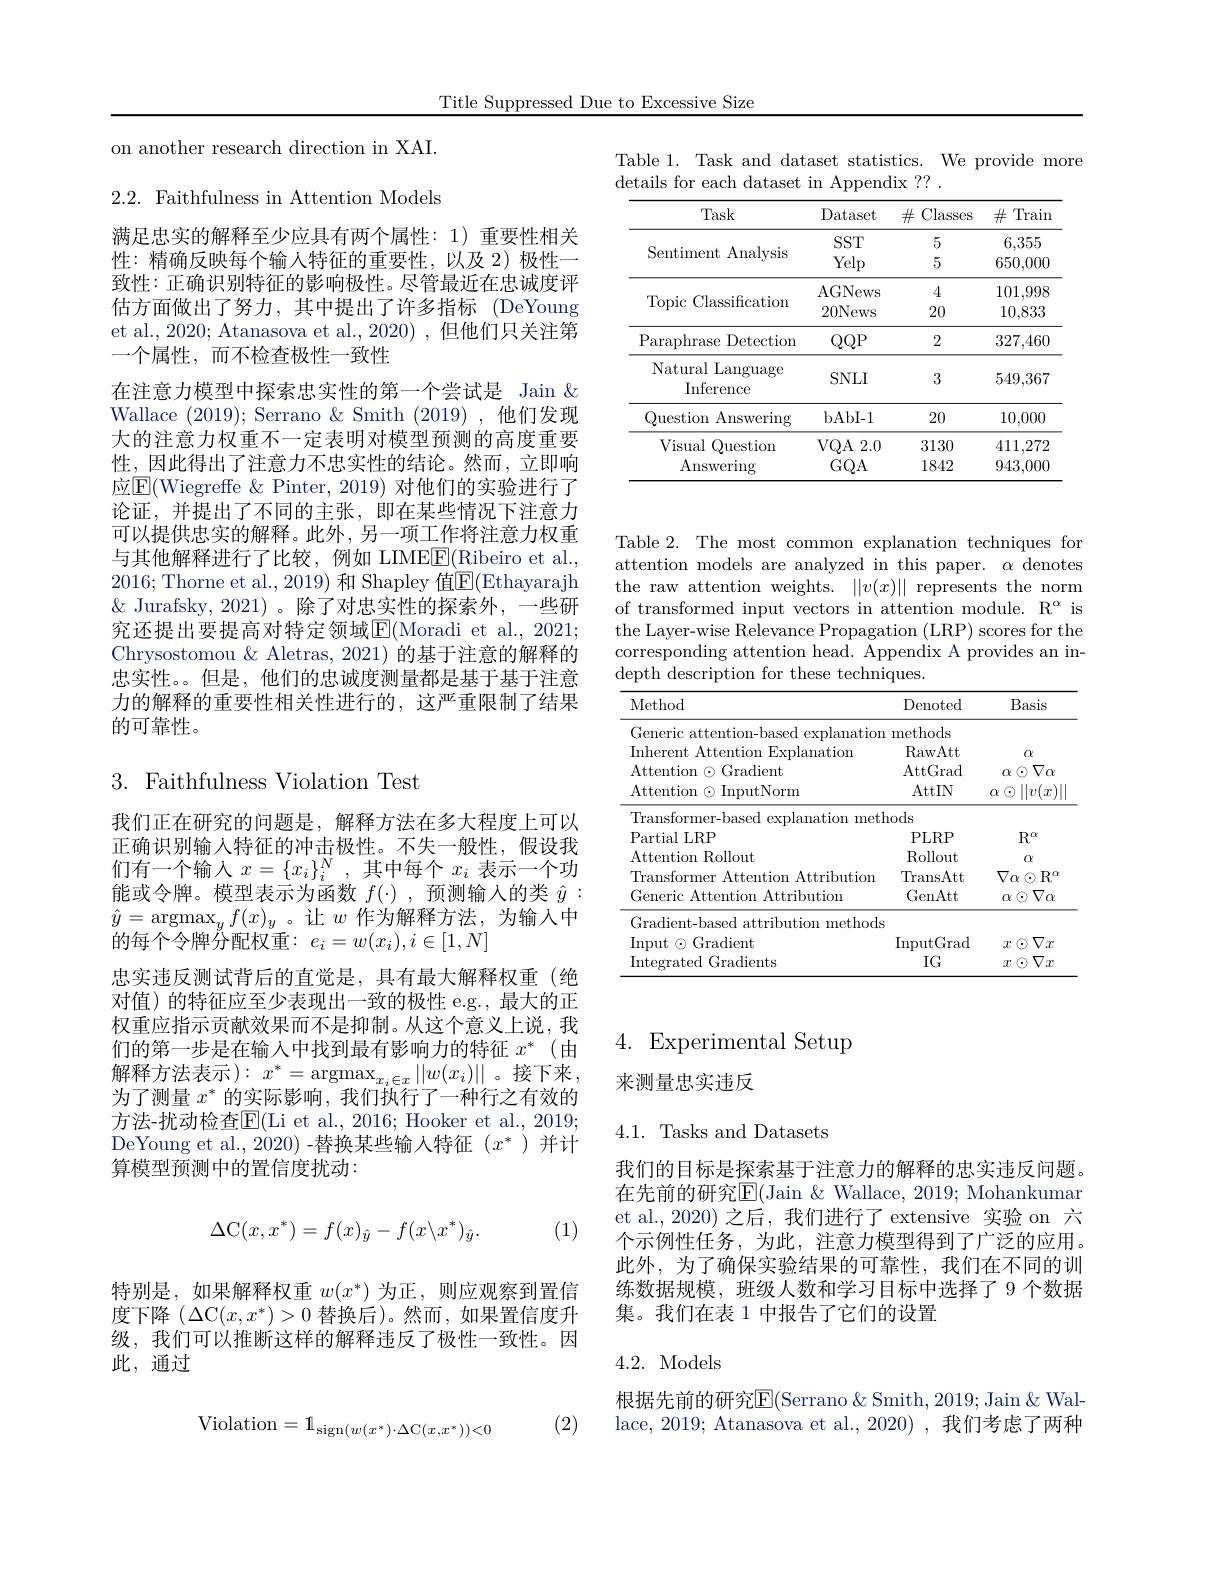
Title Suppressed Due to Excessive Size

Table 1. Task and dataset statistics. We provide more
details for each dataset in Appendix ?? .

<table>
	<tbody>
		<tr>
			<th>Task</th>
			<th>Dataset</th>
			<th>$\#$Classes</th>
			<th>$\#$Train</th>
		</tr>
		<tr>
			<td rowspan="2">Sentiment Analysis</td>
			<td>$SST$</td>
			<td>5</td>
			<td>6,355</td>
		</tr>
		<tr>
			<td>Yelp</td>
			<td>5</td>
			<td>650,000</td>
		</tr>
		<tr>
			<td rowspan="2">Topic Classification</td>
			<td>AGNews</td>
			<td>4</td>
			<td>101,998</td>
		</tr>
		<tr>
			<td>20News</td>
			<td>20</td>
			<td>10,833</td>
		</tr>
		<tr>
			<td>Paraphrase Detectiom</td>
			<td>$QQP$</td>
			<td>2</td>
			<td>327,460</td>
		</tr>
		<tr>
			<td>Natural Language Inference</td>
			<td>$SNLI$</td>
			<td>3</td>
			<td>549,367</td>
		</tr>
		<tr>
			<td>Question Answering</td>
			<td>bAbI-1</td>
			<td>20</td>
			<td>10,000</td>
		</tr>
		<tr>
			<td>Visual Question</td>
			<td>VQA2. 0</td>
			<td>3130</td>
			<td>411,272</td>
		</tr>
		<tr>
			<td>Answering</td>
			<td>$GQA$</td>
			<td>1842</td>
			<td>943,000</td>
		</tr>
	</tbody>
</table>

on another research direction in XAI.

2.2. Faithfulness in Attention Models

满足忠实的解释至少应具有两个属性：1) 重要性相关性：精确反映每个输人特征的重要性，以及 2)极性一致性：正确识别特征的影响极性。尽管最近在忠诚度评估方面做出了努力，其中提出了许多指标(DeYoung et al., 2020; Atanasova et al., 2020) , 但他们只关注第一个属性，而不检查极性一致性
在注意力模型中探索忠实性的第一个尝试是 Jain $\&$ Wallace (2019); Serrano & Smith (2019),他们发现大的注意力权重不一定表明对模型预测的高度重要性，因此得出了注意力不忠实性的结论。然而，立即响应$\boxed{\mathrm{F}}($Wiegreffe & Pinter, 2019) 对他们的实验进行了论证，并提出了不同的主张，即在某些情况下注意力可以提供忠实的解释。此外，另一项工作将注意力权重与其他解释进行了比较，例如 LIMEE(Ribeiro et al., 2016;Thorne et al., 2019) 和 Shapley 值$\overline{\mathrm{E}}($Ethayarajh $\&$ Jurafsky, 2021)。除了对忠实性的探索外，一些研究还提出要提高对特定领域E$( Moradi et al. , 2021;$ Chrysostomou & Aletras, 2021) 的基于注意的解释的忠实性。但是，他们的忠诚度测量都是基于基于注意力的解释的重要性相关性进行的，这严重限制了结果的可靠性。

## $3.{\mathrm{~Faithfulness~Violation~Test}}$

我们正在研究的问题是，解释方法在多大程度上可以正确识别输入特征的冲击极性。不失一般性，假设我们有一个输入$x=\{x_i\}_i^N$,其中每个$x_i$表示一个功能或令牌。模型表示为函数$f(\cdot)$,预测输入的类$\hat{y}:$ $\hat{y}=\operatorname*{argmax}_yf(x)_y$。让$w$ 作为解释方法，为输入中的每个令牌分配权重$:e_i=w(x_i),i\in[1,N]$
忠实违反测试背后的直觉是，具有最大解释权重(绝对值)的特征应至少表现出一致的极性 e.g.,最大的正权重应指示贡献效果而不是抑制。从这个意义上说，我们的第一步是在输入中找到最有影响力的特征$x^*$ (由解释方法表示$):x^*=\operatorname*{argmax}_{x_i\in x}||w(x_i)||$。接下来， 为了测量$x^*$的实际影响，我们执行了一种行之有效的方法-扰动检查$\overline{\mathrm{E}}($Li et al., 2016; Hooker et al., 2019; DeYoung et al., 2020) -替换某些输入特征$(x^*$ )并计算模型预测中的置信度扰动：

(1)
$$\Delta\mathrm{C}(x,x^*)=f(x)_{\hat{y}}-f(x\backslash x^*)_{\hat{y}}.$$
特别是，如果解释权重$w(x^*)$为正，则应观察到置信度下降$(\Delta$C$(x,x^*)>0$替换后)。然而，如果置信度升级，我们可以推断这样的解释违反了极性一致性。因此，通过

(2)
$$\mathrm{Violation}=1_{\mathrm{sign}(w(x^*)\cdot\Delta\mathrm{C}(x,x^*))<0}$$
Table 2. The most common explanation techniques for attention models are analyzed in this paper. $\alpha$ denotes the raw attention weights. $| | v( x) | |$ represents the norm of transformed input vectors in attention module. R$^\alpha$ is the Layer-wise Relevance Propagation (LRP) scores for the corresponding attention head. Appendix A provides an indepth description for these techniques.

<table>
	<tbody>
		<tr>
			<th>Method</th>
			<th>Denoted</th>
			<th>Basis</th>
		</tr>
		<tr>
			<td>Generic attention-based explanation</td>
			<td>methods</td>
			<td> </td>
		</tr>
		<tr>
			<td>$\|_{A}\|_{A}\|$ LKH</td>
			<td>$PLKF$</td>
			<td>$R$</td>
		</tr>
		<tr>
			<td>$uu^{-1}ua$ Input$\odot$Gradient Integrated Gradients</td>
			<td>$\operatorname{InputGrad}$ $IG$</td>
			<td>$x\otimes\nabla x$ $x\otimes\nabla x$</td>
		</tr>
	</tbody>
</table>

# 4. Experimental Setup 来测量忠实违反

4.1. Tasks and Datasets

我们的目标是探索基于注意力的解释的忠实违反问题。在先前的研究$\overline{\mathrm{E}}($Jain &Wallace, 2019; Mohankumar et al.,2020)之后，我们进行了extensive 实验 on 六个示例性任务，为此，注意力模型得到了广泛的应用。此外，为了确保实验结果的可靠性，我们在不同的训练数据规模，班级人数和学习目标中选择了 9 个数据集。我们在表 1 中报告了它们的设置

## 4.2. Models

根据先前的研究$\boxed{\mathrm{E}}($Serrano $\&$ Smith, 2019; Jain &Wallace, 2019; Atanasova et al., 2020) , 我们考虑了两种